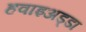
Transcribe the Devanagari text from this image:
हवाइअड्डा